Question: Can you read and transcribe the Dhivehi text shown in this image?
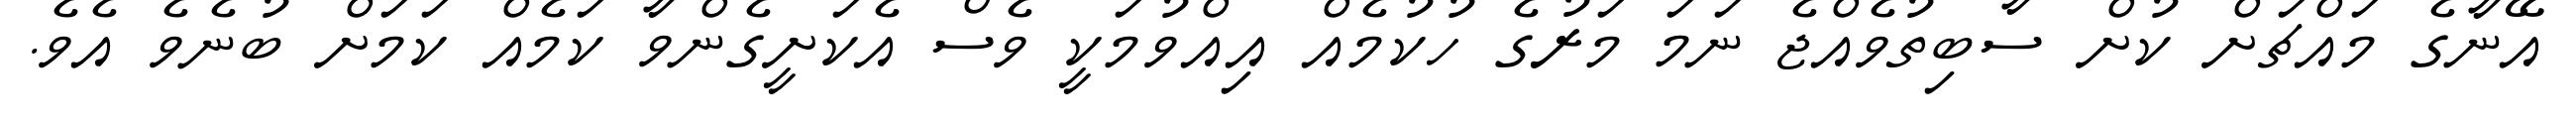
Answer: އޭނާގެ މައްޗަށް ކުށް ސާބިތުވެއްޖެ ނަމަ މަރުގެ ހުކުމެއް އިއްވުމަކީ ވެސް އެކަށީގެންވާ ކަމެއް ކަމަށް ބުނެވެ އެވެ.